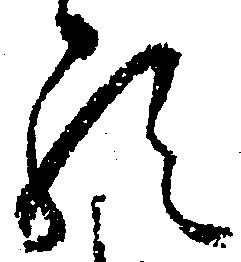
る